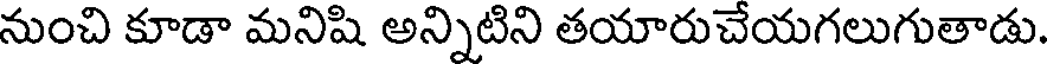
నుంచి కూడా మనిషి అన్నిటిని తయారుచేయగలుగుతాడు.